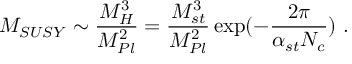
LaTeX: M _ { S U S Y } \sim { \frac { M _ { H } ^ { 3 } } { M _ { P l } ^ { 2 } } } = { \frac { M _ { s t } ^ { 3 } } { M _ { P l } ^ { 2 } } } \exp ( - { \frac { 2 \pi } { \alpha _ { s t } N _ { c } } } ) ~ .